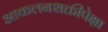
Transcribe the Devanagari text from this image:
आकलनशक्तीपेक्षा